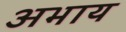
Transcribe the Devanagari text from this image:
अभाय